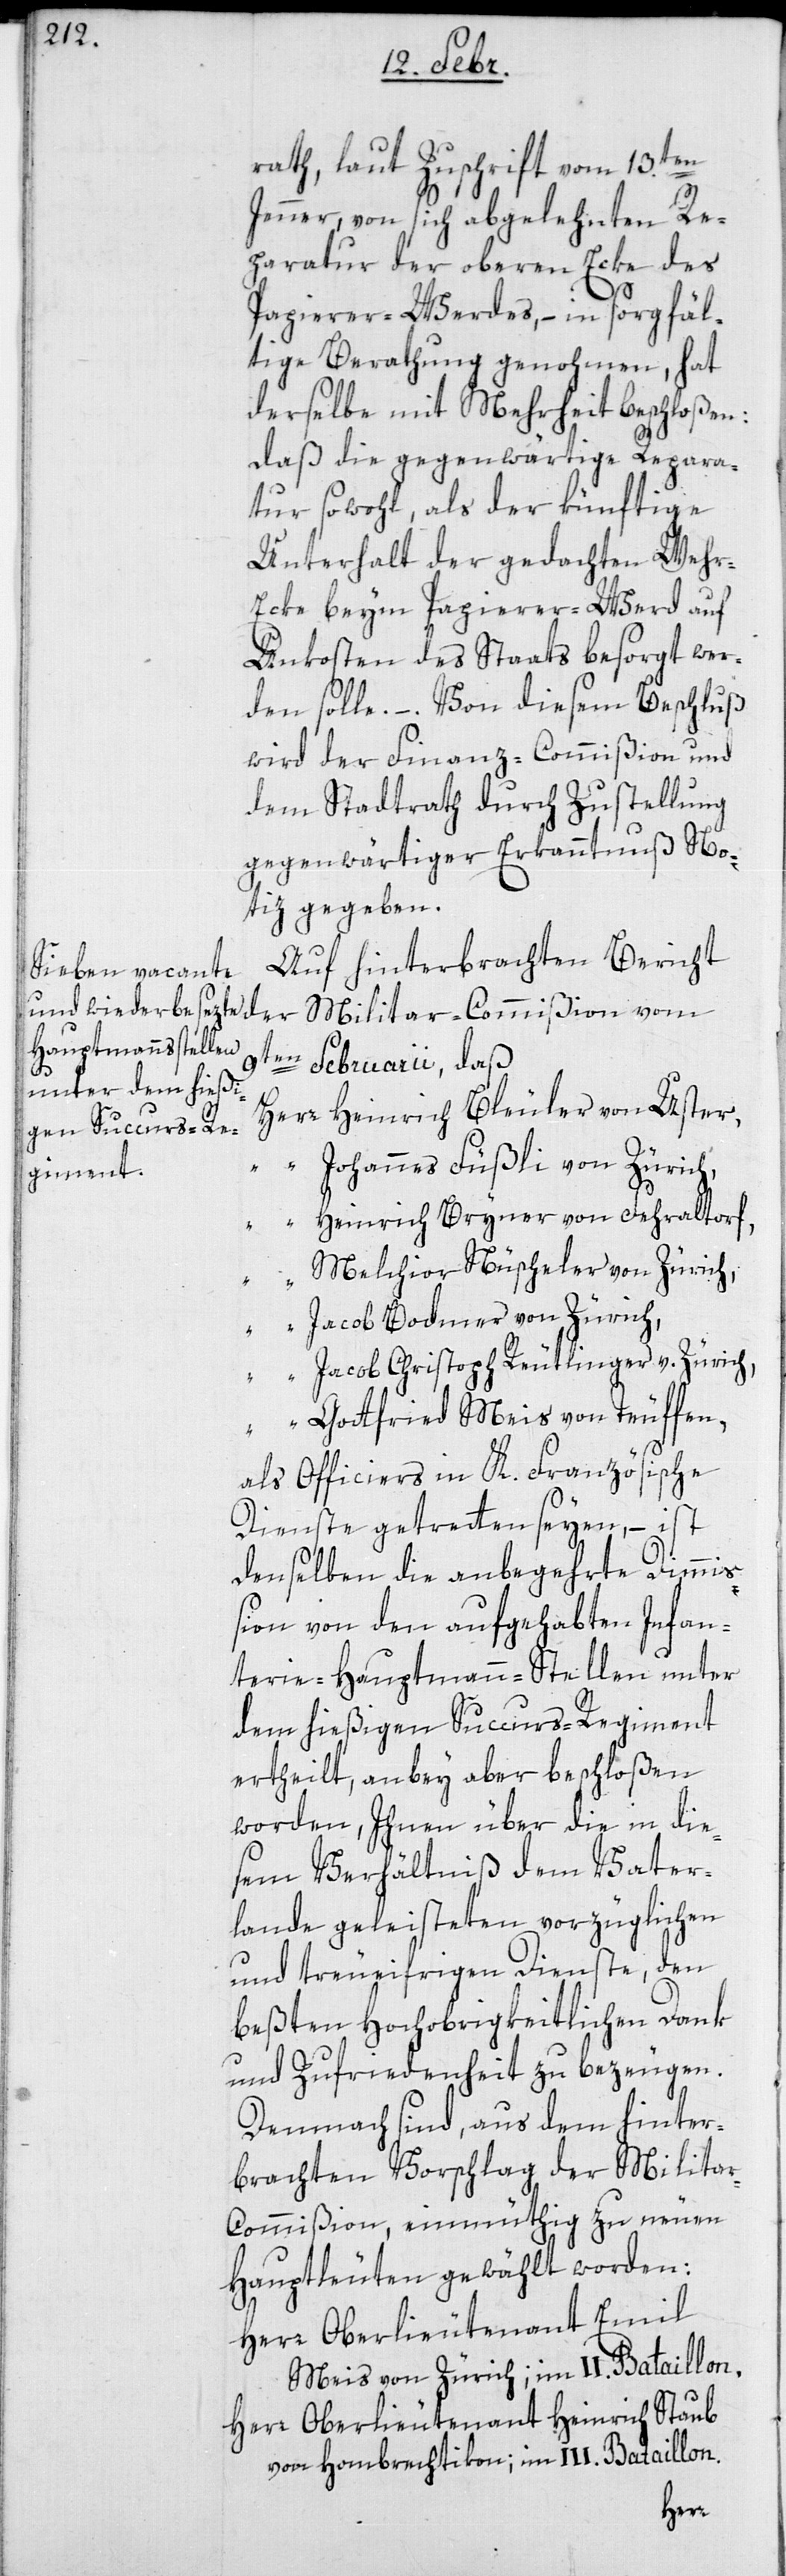
rath, laut Zuschrift vom 13.ten
Jenner, von sich abgelehnten Re¬
paratur der oberen Eke des
Papierer-Werdes, – in sorgfäl¬
tige Berathung genohmen, hat
derselbe mit Mehrheit beschloßen:
daß die gegenwärtige Repara¬
tur sowohl, als der künftige
Unterhalt der gedachten Weh¬
r-Ecke beym Papierer-Werd auf
Unkosten des Staats besorgt wer¬
den solle. –. Von diesem Beschluß
wird der Finanz-Commißion und
dem Stadtrath durch Zustellung
gegenwärtiger Erkanntnuß No¬
tiz gegeben.
Auf hinterbrachten Bericht
9ten Februarii, daß
der
Herr Heinrich Bleuler von Uster,
“ Johannes Füßli von Zürich,
“ Heinrich Bryner von Fehraltorf,
Melchior Nüscheler von Zürich,
“ Jacob Bodmer von Zürich,
“ Jacob Christoph Reutlinger von Zürich,
“ Gottfried Meis von Teuffen,
als Officiers in K. Französische
Dienste getreten seyen, – ist
denselben die anbegehrte Dimmiß¬
ion von den aufgehabten Infan¬
terie-Hauptmann-Stellen unter
dem hießigen Succurs-Regiment
ertheilt, anbei aber beschloßen
worden, ihnen über die in die¬
sem Verhältniß dem Vater¬
lande geleisteten vorzüglichen
und treueifrigen Dienste, den
besten Hochobrigkeitlichen Dank
und Zufriedenheit zu bezeugen.
Demnach sind, aus dem hinter¬
brachten Vorschlag der Milita¬
r-Commißion, einmüthig zu neuen
Hauptleuten gewählt worden:
Herr Oberlieutenant Emil
Meis von Zürich; im II. Bataillon.
Herr Oberlieutenant Heinrich Staub
von Hombrechtikon; im III. Bataillon.